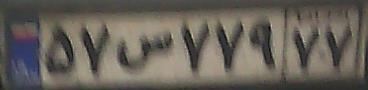
۵۷س۷۷۹۷۷